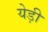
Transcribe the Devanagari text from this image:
येड़ी